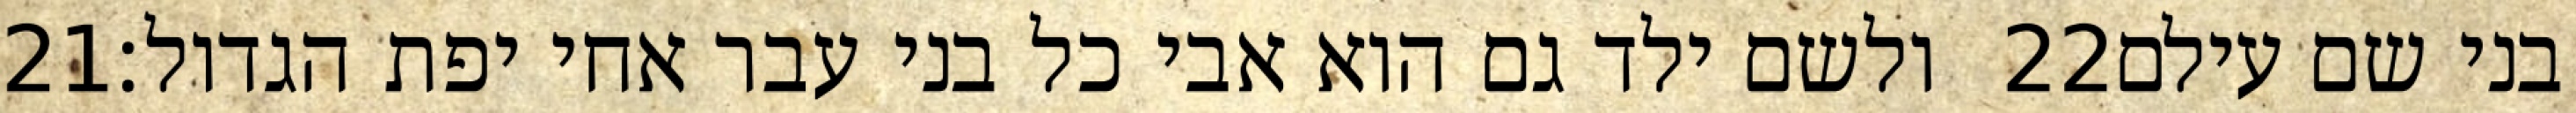
‎21‏ ולשם ילד גם הוא אבי כל בני עבר אחי יפת הגדול׃ ‎22‏ בני שם עילם